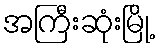
အကြီးဆုံးမြို့